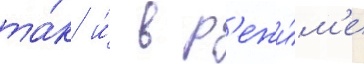
та́к и́ в р'ежи́м'е